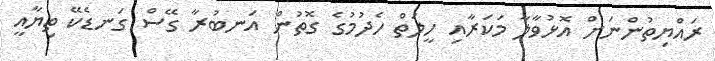
ރައްޔިތުންނަށް އޮޅުވާލާ މަކަރާއި ހީލަތް ހެދުމުގެ ގޮތުން އަނބުރާ ގޭސް ގަނޑެކޭ ތިޔާއީ